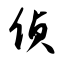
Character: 侦